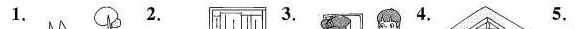
1.2.3.4.5.